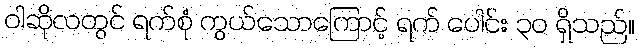
ဝါဆိုလတွင် ရက်စုံ ကွယ်သောကြောင့် ရက် ပေါင်း ၃၀ ရှိသည်။